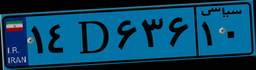
۱۴D۶۳۶۱۰